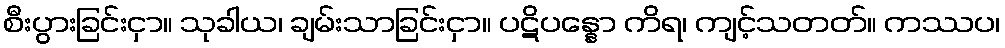
စီးပွားခြင်းငှာ။ သုခါယ၊ ချမ်းသာခြင်းငှာ။ ပဋိပန္နော ကိရ၊ ကျင့်သတတ်။ ကဿပ၊